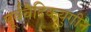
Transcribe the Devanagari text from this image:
पूर्ववैदिकयुगीन